Report on the Civil Veterinary Department, Eastern Bengal and Assam - 1907-1911
Year: 1907
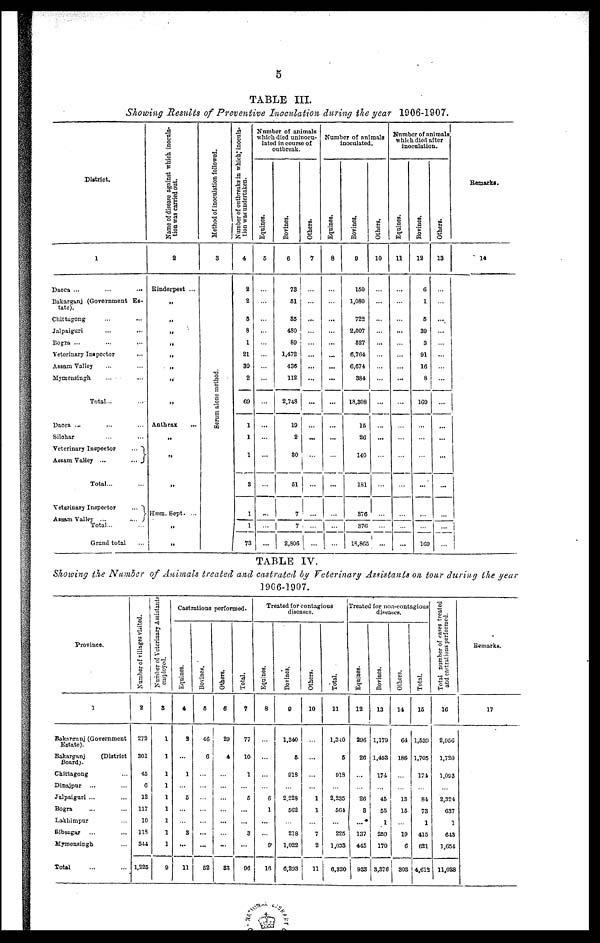
5
TABLE III.
Showing Results of Preventive Inoculation during the year 1906-1907.
District.
1
Dacca
...
...
Bakarghtij (Government Es-
tate).
Chittagong ... ...
Jalpaiguri ... ...
Bogra ...
...
...
Veterinary Inspector ... ...
Assaru Valley ... ...
Mymensingh ... ...
Total...
Dacca ... ... ...
Silohar ... ... ...
Veterinary Inspector
...
Assam Valley ...
...
Total...
Veterinary Inspector
...
Total...
Grand total
Name of disease against which inocula-
tion was carried out.
2
Rinderpest ...
„
„
„
„
„
„
„
„
„
Anthrax
„
„
„
„
Hum. Sept. ...
„
„
Method of inoculation followed.
3
Serum alone method.
Number of outbreaks in which inocula-
tion was undertaken.
4
2
2
8
8
1
21
30
2
69
1
1
1
3
1
1
73
Number of animals
which died uninocu-
lated in course of
outbreak.
Equines.
5
...
...
...
...
...
...
...
...
...
...
...
...
...
...
...
...
Bovines,
6
73
61
35
480
89
1,472
436
112
2,748
19
2
30
51
7
7
2,806
Others.
7
...
...
...
...
...
...
...
...
...
...
...
...
...
...
... ...
...
Number of animals
inoculated.
Equines.
8
...
...
...
...
...
...
...
...
...
...
...
...
...
...
...
...
Bovines.
9
150
1,080
722
2,007
627
6,764
6,674
384
18,308
15
26
140
181
376
376
18,865
Others.
10
...
...
...
...
...
...
...
...
...
...
...
...
...
...
...
...
Number of animals
which died after
inoculation.
Equines.
11
...
...
...
...
...
...
...
...
...
...
...
...
...
...
...
...
Bovines.
12
6
1
6
39
3
91
16
8
109
...
...
...
...
...
...
169
Others.
13
...
...
...
...
...
...
...
...
...
...
...
...
...
... ...
...
Remarks.
14
TABLE IV.
Showing the Number of Animals treated and castrated by Veterinary Assistants on tour during the year
1966-1907.
Province.
1
Bakarganj (Government
Estate).
Bakarganj
(District
Board).
Chittagong ...
Dinajpur
... ...
Jalpaiguri ... ...
Bogra ... ...
Lakhimpur ...
Bibgagar ... ...
Mymensingh ...
Total ... ...
Number of villages visited.
2
272
301
45
6
12
117
10
118
344
1,225
Number of Veterinary Assistants
employed.
3
1
1
1
1
1
1
1
1
1
9
Castrations performed.
Equines.
4
3
1
5
...
3
...
11
Bovines.
6
46
6
...
52
Others.
6
29
4
...
...
...
83
Total.
7
77
10
1
5
...
...
3
96
Treated for contagious
diseases.
Equines.
8
6
1
...
9
16
Bovine3.
0
1,340
5
018
2,228
562
218
1,022
6,293
Others.
10
1
1
7
2
11
Total.
11
1,340
5
918
2,235
564
225
1,033
6,320
Treated for non-contagious
diseases.
Equines.
12
296
26
26
8
137
445
933
Bovines.
13
1,179
1,493
174
45
55
1
259
170
3,376
Others.
14
64
186
13
15
19
6
303.
Total.
15
1,539
1,705
174
84
73
1
415
621
4,612
Total number of cases treated
and castrations performed.
16
2,956
1,720
1,093
2,324
637
1
643
1,654
11,028
Remarks.
17